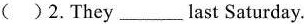
( )2.They ___last Saturday.